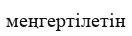
меңгертілетін